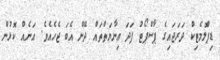
ޑިޕްލޮމެޓިކް ދަރަޖައިގެ ޕާސްޕޯޓު ފަދަ ޢިނާޔަތްތައް ދޭން އެބަ ޖެހެއެވެ. އަނެއް ކޮޅުން